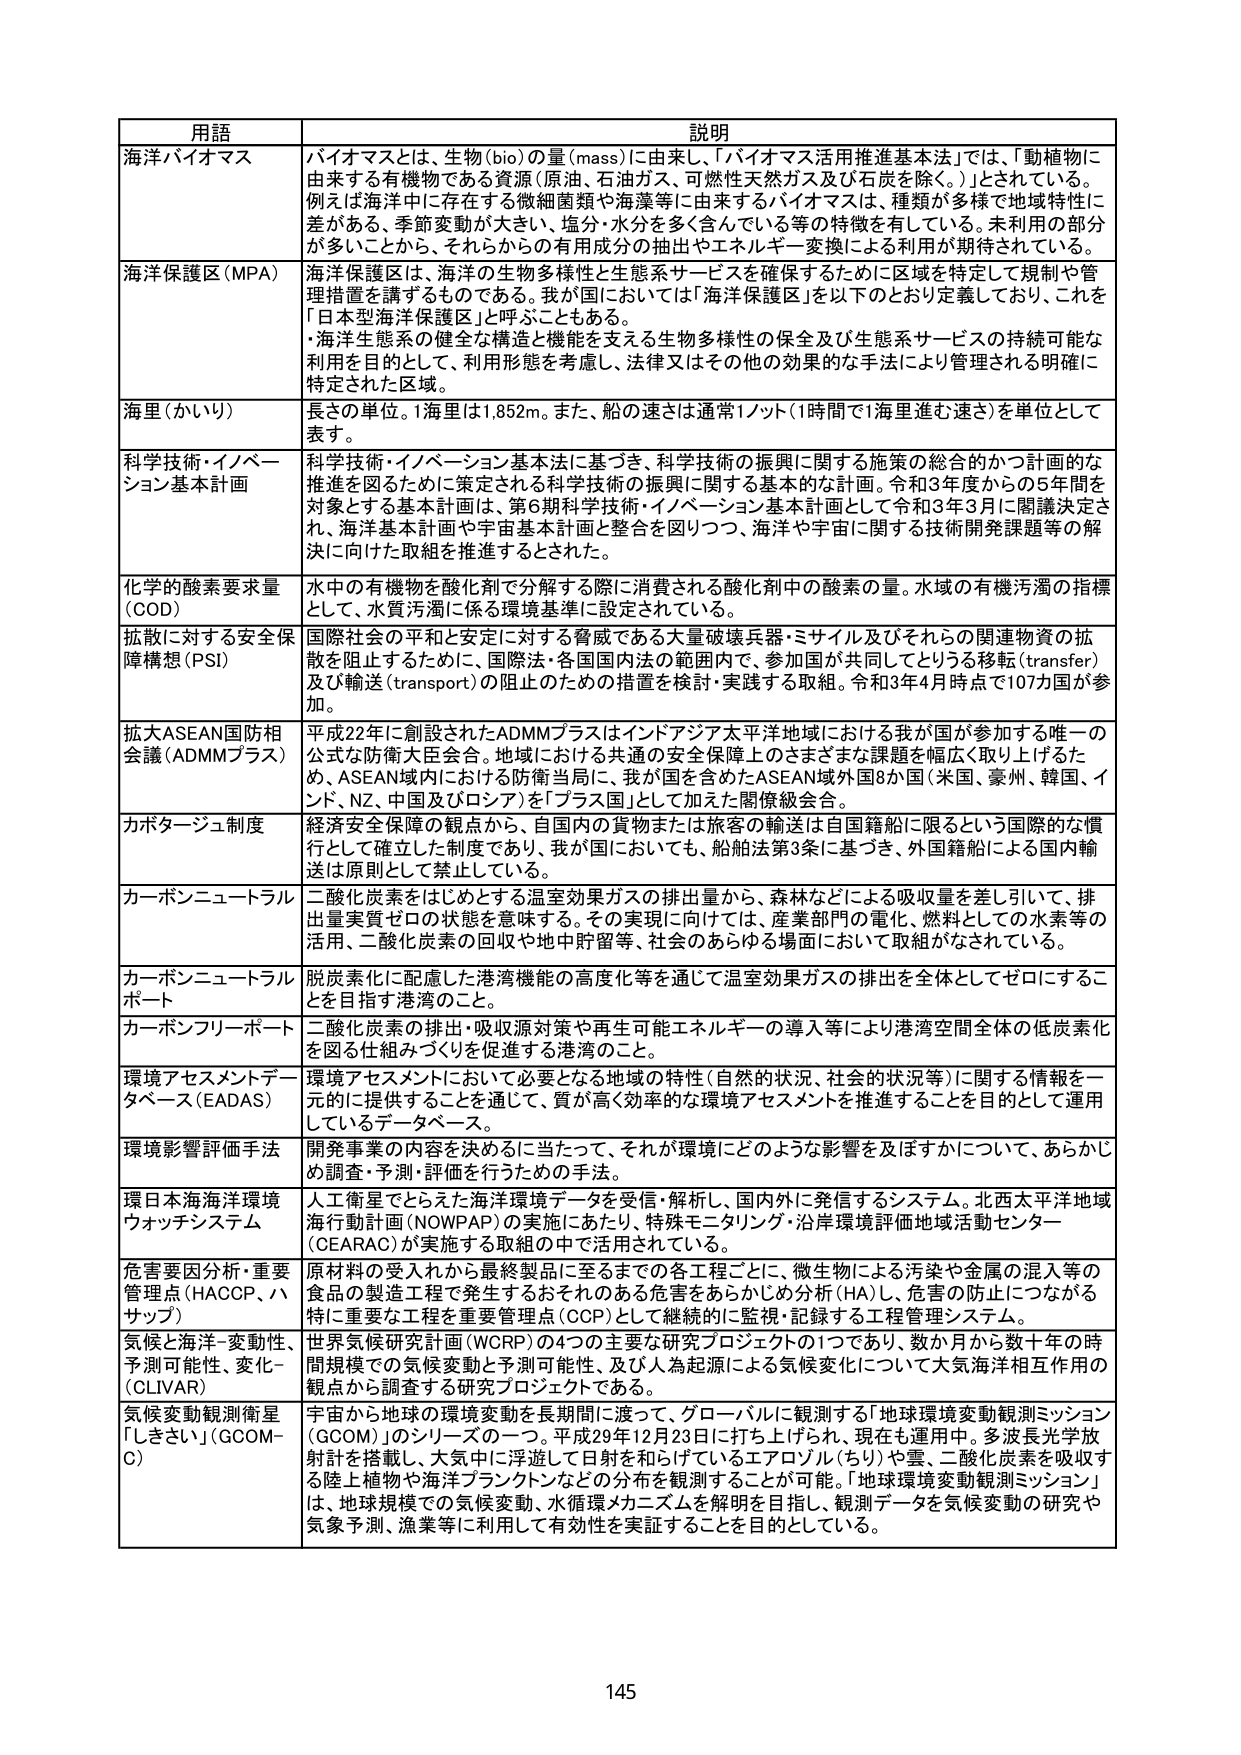
用語 説明
海洋バイオマス バイオマスとは、生物(bio)の量(mass)に由来し、「バイオマス活用推進基本法」では、「動植物に由来する有機物である資源(原油、石油ガス、可燃性天然ガス及び石炭を除く。)」とされている。例えば海洋中に存在する微細菌類や海藻等に由来するバイオマスは、種類が多様で地域特性に差がある、季節変動が大きい、塩分・水分を多く含んでい る等の特徴を有している。未利用の部分が多いことから、それらからの有用成分の抽出やエネルギー変換による利用が期待されている。
海洋保護区(MPA) 海洋保護区は、海洋の生物多様性と生態系サービスを確保するために区域を特定して規制や管理措置を講ずるものである。我が国においては「海洋保護区」を以下のとおり定義しており、これを「日本型海洋保護区」と呼ぶこともある。・海洋生態系の健全な構造と機能を支える生物多様性の保全及び生態系サービスの持続可能な利用を目的として、利用形態を考慮し、法律又はその他の効果的な手法により管理される明確に特定された区域。
海里(かいり) 長さの単位。1海里は1,852m。また、船の速さは通常1ノット(1時間で1海里進む速さ)を単位として表す。
科学技術・イノベーション基本計画 科学技術・イノベーション基本法に基づき、科学技術の振興に関する施策の総合的かつ計画的な推進を図るために策定される科学技術の振興に関する基本的な計画。令和3年度からの5年間を対象とする基本計画は、第6期科学技術・イノベーション基本計画として令和3年3月に閣議決定され、海洋基本計画や宇宙基本計画と整合を図りつつ、海洋や宇宙に関する技術開発課題等の解決に向けた取組を推進するとされた。
化学的酸素要求量(COD) 水中の有機物を酸化剤で分解する際に消費される酸化剤中の酸素の量。水域の有機汚濁の指標として、水質汚濁に係る環境基準に設定されている。
拡散に対する安全保障構想(PSI) 国際社会の平和と安全に対する脅威である大量破壊兵器・ミサイル及びそれらの関連物資の拡散を阻止するために、国際法・各国内法の範囲内で、参加国が共同してとりうる移転(transfer)及び輸送(transport)の阻止のための措置を検討・実践する取組。令和3年4月時点で107カ国が参加。
拡大ASEAN国防相会議(ADMMプラス) 平成22年に創設されたADMMプラスはインドアジア太平洋地域における我が国が参加する唯一の公式な防衛大臣会合。地域における共通の安全保障上のさまざまな課題を幅広く取り上げるため、ASEAN域内における防衛当局に、我が国を含めたASEAN域外国8カ国(米国、豪州、韓国、インド、NZ、中国及びロシア)を「プラス国」として加えた閣僚級会合。
カポタージュ制度 経済安全保障の観点から、国内の貨物または旅客の輸送は自国籍船に限るという国際的な慣行として確立した制度であり、我が国においても、船舶法第3条に基づき、外国籍船による国内輸送は原則として禁止している。
カーボンニュートラル 二酸化炭素をはじめとする温室効果ガスの排出量から、森林などによる吸収量を差し引いて、排出量実質ゼロの状態を意味する。その実現に向けては、産業部門の電化、燃料としての水素等の活用、二酸化炭素の回収や地中貯留等、社会のあらゆる場面において取組がなされている。
カーボンニュートラルポート 脱炭素化に配慮した港湾機能の高度化等を通じて温室効果ガスの排出を全体としてゼロにすることを目指す港湾のこと。
カーボンフリーポート 二酸化炭素の排出・吸収源対策や再生可能エネルギーの導入等により港湾空間全体の低炭素化を図る仕組みづくりを促進する港湾のこと。
環境アセスメントデータベース(EADAS) 環境アセスメントにおいて必要となる地域の特性(自然の状況、社会的状況等)に関する情報を一元的に提供することを通じて、質が高く効率的な環境アセスメントを推進することを目的として運用しているデータベース。
環境影響評価手法 開発事業の内容を決めるに当たって、それが環境にどのような影響を及ぼすかについて、あらかじめ調査・予測・評価を行うための手法。
環日本海海洋環境ウォッチシステム 人工衛星でとらえた海洋環境データを受信・解析し、国内外に発信するシステム。北西太平洋地域海洋行動計画(NOWPAP)の実施にあたり、特殊モニタリング・沿岸環境評価地域活動センター(CEARAC)が実施する取組の中で活用されている。
危害要因分析・重要管理点(HACCP、ハサップ) 原材料の受入れから最終製品に至るまでの各工程ごとに、微生物による汚染や金属の混入等の食品の製造工程で発生するおそれのある危害をあらかじめ分析(HA)し、危害の防止につながる特に重要な工程を重要管理点(COP)として継続的に監視・記録する工程管理システム。
気候と海洋-変動性、予測可能性、変化-(CLIVAR) 世界気候研究計画(WCRP)の4つの主要な研究プロジェクトの1つであり、数か月から数十年の時空間規模での気候変動と予測可能性、及び人為起因による気候変化について大気海洋相互作用の観点から調査する研究プロジェクトである。
気候変動観測衛星「しきさい」(GCOM-C) 宇宙から地球の環境変動を長期間に渡って、グローバルに観測する「地球環境変動観測ミッション(GCOM)」のシリーズの一つ。平成29年12月23日に打ち上げられ、現在も運用中。多波長光学放射計を搭載し、大気中に浮遊して日射を和らげているエアロゾル(ちり)や雲、二酸化炭素を吸収する陸上植物や海洋プランクトンなどの分布を観測することが可能。「地球環境変動観測ミッション」は、地球規模での気候変動、水循環メカニズムを解明を目指し、観測データを気候変動の研究や気象予測、漁業等に利用して有効性を実証することを目的としている。
145